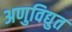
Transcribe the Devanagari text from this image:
अणुविद्युत